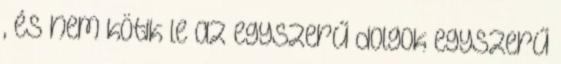
, és nem kötik le az egyszerű dolgok egyszerű